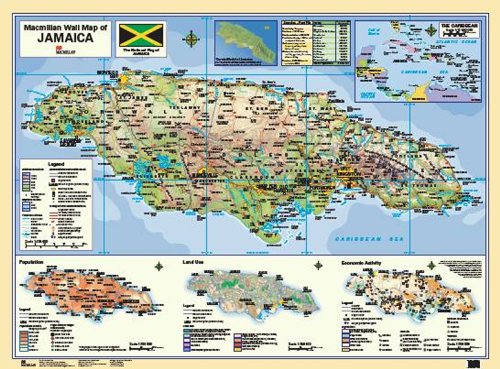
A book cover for Macmillan Wall Map of Jamaica (Macmillan Caribbean Wall Maps); Kevin Baverstock; Travel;